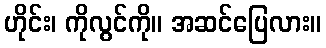
ဟိုင်း၊ ကိုလွင်ကို။ အဆင်ပြေလား။